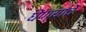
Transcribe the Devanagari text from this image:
घेण्याचें